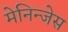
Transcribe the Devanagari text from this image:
मेनिन्जेस